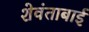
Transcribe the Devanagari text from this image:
शेवंताबाई